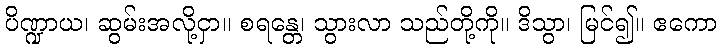
ပိဏ္ဍာယ၊ ဆွမ်းအလို့ငှာ။ စရန္တေ၊ သွားလာ သည်တို့ကို။ ဒိသွာ၊ မြင်၍။ ဧကော